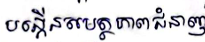
បង្កើនសម្ថភាពជំនាញ